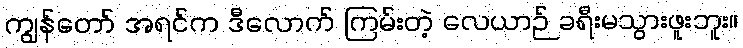
ကျွန်တော် အရင်က ဒီလောက် ကြမ်းတဲ့ လေယာဉ် ခရီးမသွားဖူးဘူး။